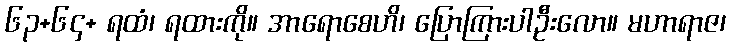
၆၃+၆၄+ ရထံ၊ ရထားကို။ အာရောစေဟိ၊ ပြောကြားပါဦးလော။ မဟာရာဇ၊